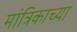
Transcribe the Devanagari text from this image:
मांत्रिकाच्या